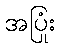
အပြုံး